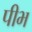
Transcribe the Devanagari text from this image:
पीभ